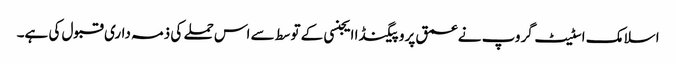
اسلامک اسٹیٹ گروپ نے عمق پروپیگنڈا ایجنسی کے توسط سے اس حملے کی ذمہ داری قبول کی ہے۔